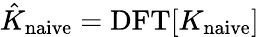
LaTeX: \hat{K}_{\mathrm{naive}}=\mathrm{DFT}[K_{\mathrm{naive}}]